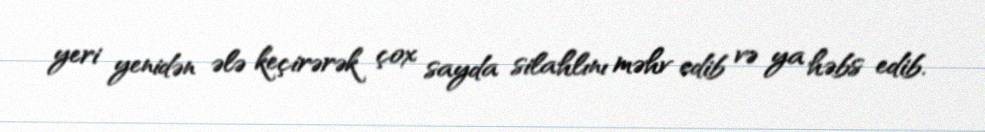
yeri yenidən ələ keçirərək çox sayda silahlını məhv edib və ya həbs edib.